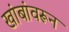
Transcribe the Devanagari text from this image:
खांबांवरून